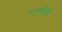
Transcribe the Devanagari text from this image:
शम्मीची